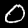
Label: 0